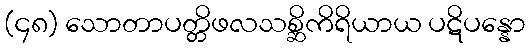
(၄၈) သောတာပတ္တိဖလသစ္ဆိကိရိယာယ ပဋိပန္နော